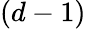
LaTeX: (d-1)